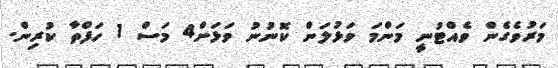
މަރުވެގެން ވެއްޓުނީ މަންމަ ވަޅުލަން ކޮނުނު ވަޅަށް4 މަސް 1 ހަފްތާ ކުރިން.